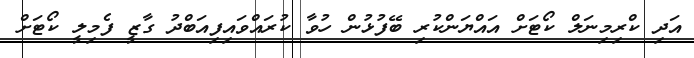
އަދި ކްރިމިނަލް ކޯޓަށް އައްޔަންކުރި ބޭފުޅުން ހުވާ ކުރައްވައިފިއަބްދު ގާޒީ ފެމިލީ ކޯޓަށް